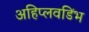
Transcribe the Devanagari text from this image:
अहिप्लवडिंभ